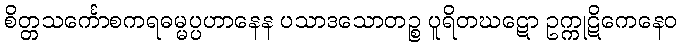
စိတ္တသင်္ကောစကရဓမ္မပ္ပဟာနေန ပသာဒသောတဉ္စ ပူရိတဃဋော ဥက္ကုဋိကေနေဝ